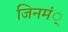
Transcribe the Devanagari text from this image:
जिनमं्